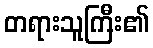
တရားသူကြီး၏